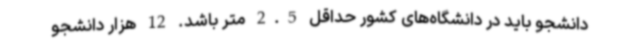
دانشجو باید در دانشگاه‌های کشور حداقل 2.5 متر باشد. 12 هزار دانشجو